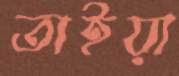
তাইয়া